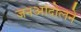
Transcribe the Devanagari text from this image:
जनआंदोलने